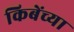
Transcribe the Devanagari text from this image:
किबेंच्या